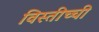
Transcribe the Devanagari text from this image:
विस्तीच्ची